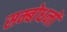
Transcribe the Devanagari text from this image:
सम्बोधनों